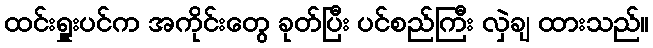
ထင်းရှူးပင်က အကိုင်းတွေ ခုတ်ပြီး ပင်စည်ကြီး လှဲချ ထားသည်။